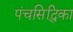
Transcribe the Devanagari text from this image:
पंचसिद्धिका